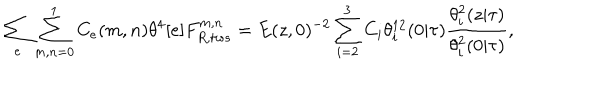
\sum _ { e } \sum _ { m , n = 0 } ^ { 1 } C _ { e } ( m , n ) \theta ^ { 4 } [ e ] F _ { R , t w s } ^ { m , n } = E ( z , 0 ) ^ { - 2 } \sum _ { i = 2 } ^ { 3 } C _ { i } \theta _ { i } ^ { 1 2 } ( 0 | \tau ) \frac { \theta _ { i } ^ { 2 } ( z | \tau ) } { \theta _ { i } ^ { 2 } ( 0 | \tau ) } ,